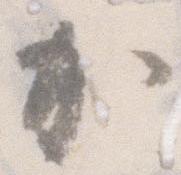
加